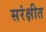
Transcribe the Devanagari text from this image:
सरंक्षीत